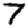
Digit: 7